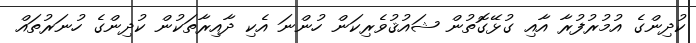
ކުދިންގެ އުމުރުފުރާ އާއި ގުޅޭގޮތުން ޝައުޤުވެރިކަން ހުންނަ އެކި ދާއިރާތަކުން ކުދިންގެ ހުނަރުތައް